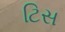
ટિસ